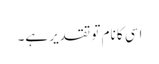
اسی کا نام تو تقدیر ہے۔